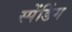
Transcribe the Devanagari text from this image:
स्पेंडिंग